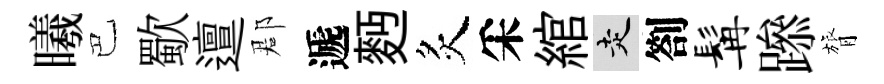
曦巴歜邅郡遞麪炙采綰走劄髯𨅶膂